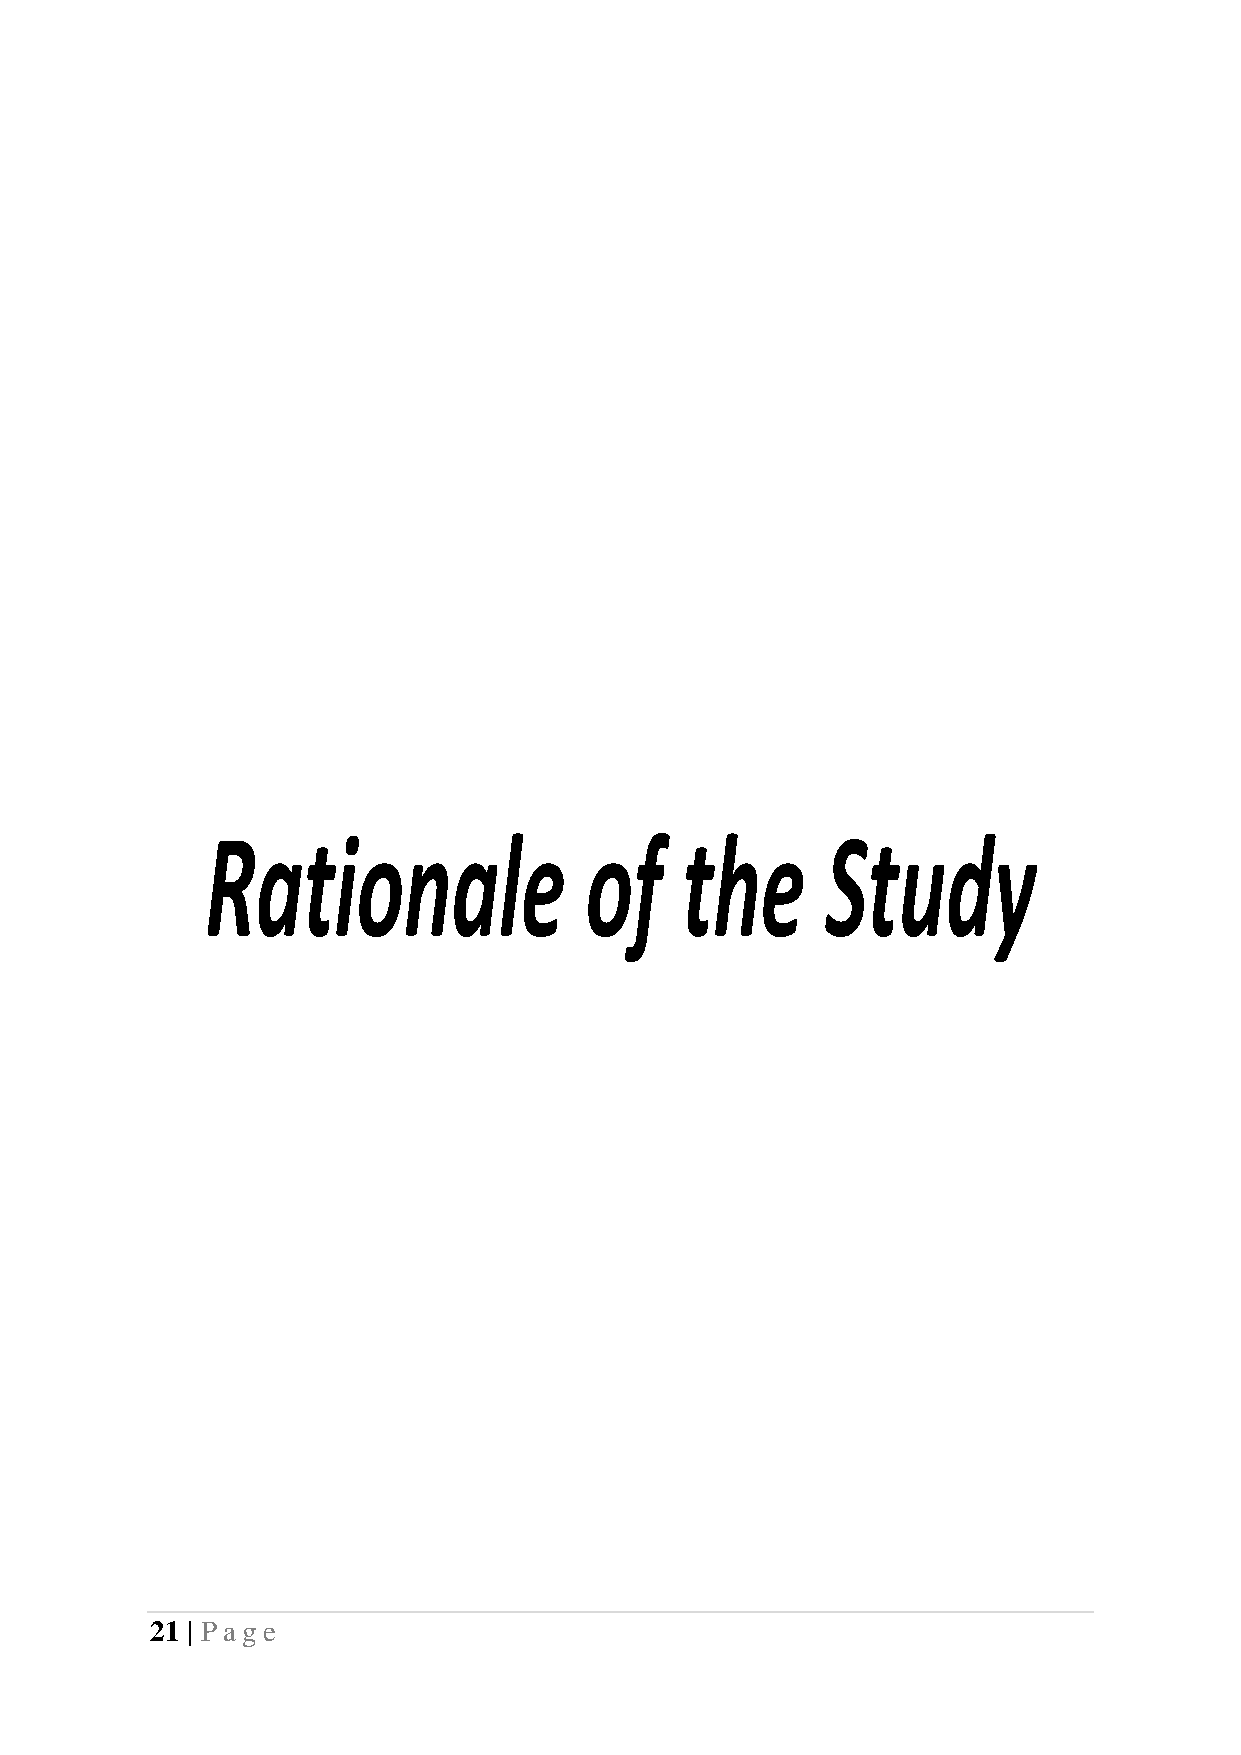
Rationale                of    the       Study
 21 | Pag e